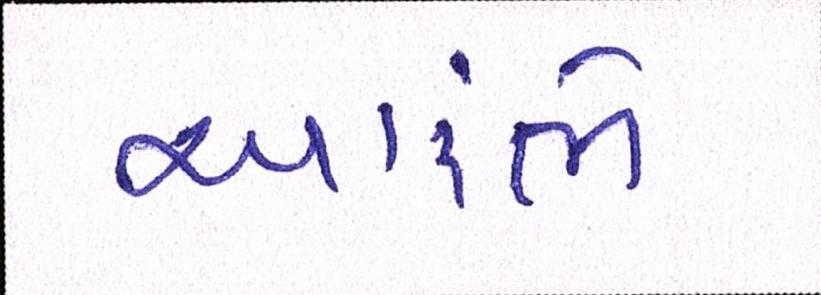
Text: આરંભે